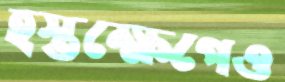
হস্তক্ষেপেও